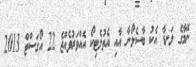
ނޭމާގެ ލަނޑާ އެކު ބާސެލޯނާ އާއި އެތުލެޓިކޯ އެއްވަރުވެއްޖެ 22 އޯގަސްޓް 2013